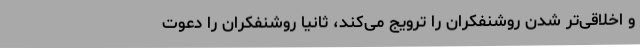
و اخلاقی‌تر شدن روشنفکران را ترویج می‌کند، ثانیا روشنفکران را دعوت